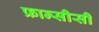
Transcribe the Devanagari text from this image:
फ्रान्सीसी